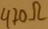
Text: 470Ω